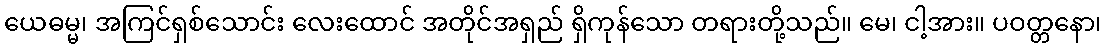
ယေဓမ္မ၊ အကြင်ရှစ်သောင်း လေးထောင် အတိုင်အရှည် ရှိကုန်သော တရားတို့သည်။ မေ၊ ငါ့အား။ ပဝတ္တနော၊